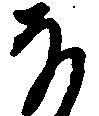
な